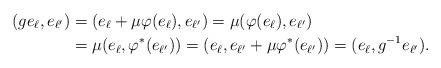
LaTeX: \begin{align*}(ge_\ell,e_{\ell'}) & =(e_\ell+\mu\varphi (e_\ell),e_{\ell'})=\mu(\varphi (e_\ell),e_{\ell'}) \\& =\mu(e_\ell,\varphi^*(e_{\ell'}))=(e_\ell,e_{\ell'}+\mu\varphi^*(e_{\ell'}))=(e_\ell,g^{-1}e_{\ell'}).\end{align*}